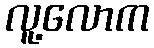
လူ့လောက